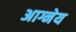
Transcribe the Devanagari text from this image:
अाग्नेय